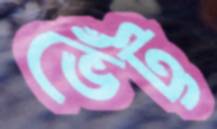
ভেঁট্ট